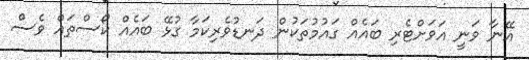
އޭނާ ވަނީ އަވަށްޓެރި ބައެއް ގައުމުތަކުން ދަނޑުވެރިކަމާ ގުޅޭ ބައެއް ކޯސްތައް ވެސް